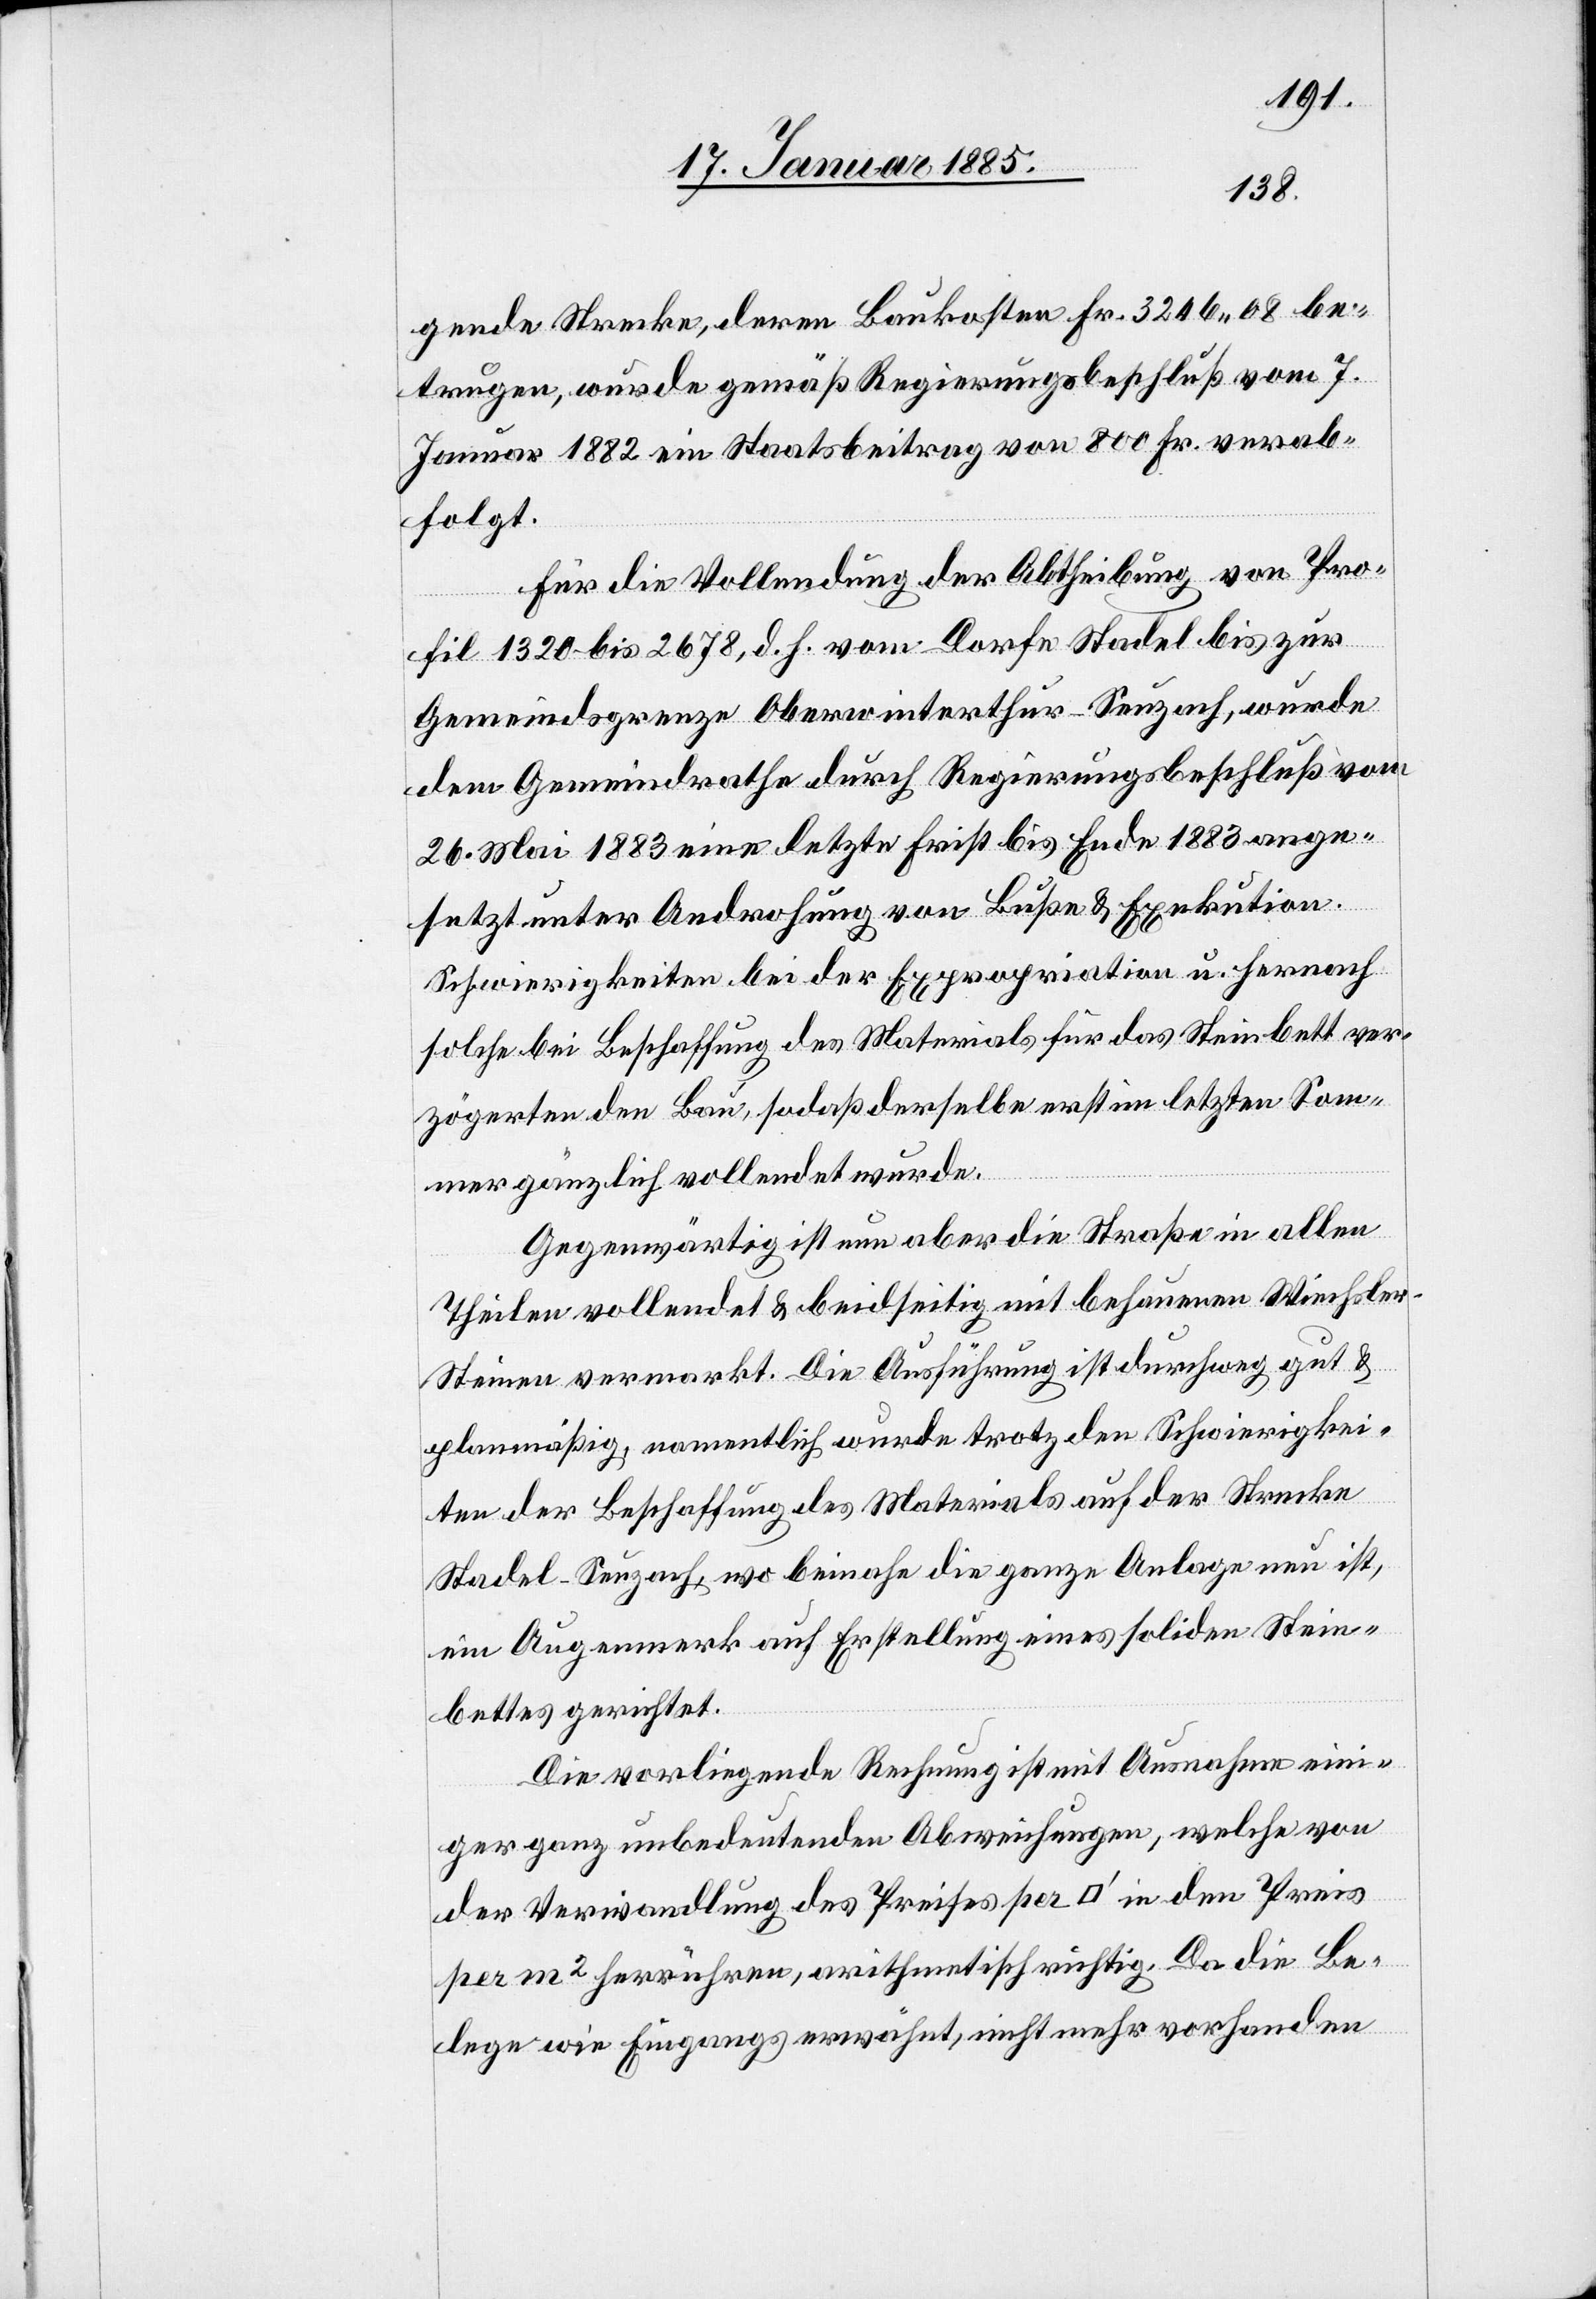
gende Strecke, deren Baukosten Fr. 3246 08 be¬
trugen, wurde gemäß Regierungsbeschluß vom 7.
Januar 1882 ein Staatsbeitrag von 800 Fr. verab¬
folgt.
Für die Vollendung der Abtheilung von Pro¬
fil 1320 bis 2678, d. h. vom Dorfe Stadel bis zur
Gemeindsgrenze Oberwinterthur-Seuzach, wurde
dem Gemeindrathe durch Regierungsbeschluß vom
26. Mai 1883 eine letzte Frist bis Ende 1883 ange¬
setzt unter Androhung von Buße & Exekution.
Schwierigkeiten bei der Expropriation u. hernach
solche bei Beschaffung des Materials für das Steinbett ver¬
zögerten den Bau, sodaß derselbe erst im letzten Som¬
mer gänzlich vollendet wurde.
Gegenwärtig ist nun aber die Straße in allen
Theilen vollendet & beidseitig mit behauenen Wiechsler¬
steinen vermarkt. Die Ausführung ist durchweg gut &
planmäßig, namentlich wurde trotz den Schwierigkei¬
ten der Beschaffung des Materials auf der Stecke
Stadel–Seuzach, wo beinahe die ganze Anlage neu ist,
ein Augenmerk auf Erstellung eines soliden Stein¬
bettes gerichtet.
Die vorliegende Rechnung ist mit Ausnahme eini¬
ger ganz unbedeutenden Abweichungen, welche von
der Verwandlung des Preises per [Quadratfuß] in den Preis
per m2 herrühren, arithmetisch richtig. Da die Be¬
lege wie Eingangs erwähnt, nicht mehr vorhanden